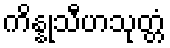
ကိန္နုသီဟသုတ္တံ